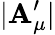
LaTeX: |\mathbf{A}_{\mu}^{\prime}|